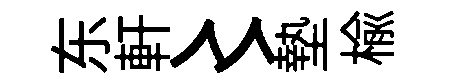
东軒〻墊榆